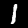
Digit: 1